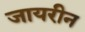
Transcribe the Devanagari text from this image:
जायरीन